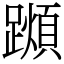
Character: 𨆌